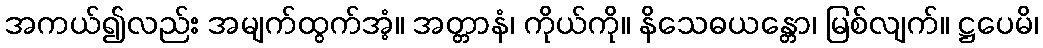
အကယ်၍လည်း အမျက်ထွက်အံ့။ အတ္တာနံ၊ ကိုယ်ကို။ နိသေဓယန္တော၊ မြစ်လျက်။ ဋ္ဌပေမိ၊